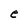
Character: e